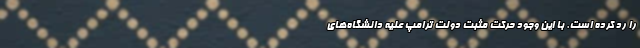
را رد کرده است. با این وجود حرکت مثبت دولت ترامپ علیه دانشگاه‌های